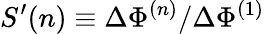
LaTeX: S^{\prime}(n)\equiv\Delta\Phi^{(n)}/\Delta\Phi^{(1)}